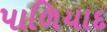
પાળિયાદ